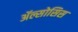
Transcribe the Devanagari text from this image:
ॲल्सोसिस